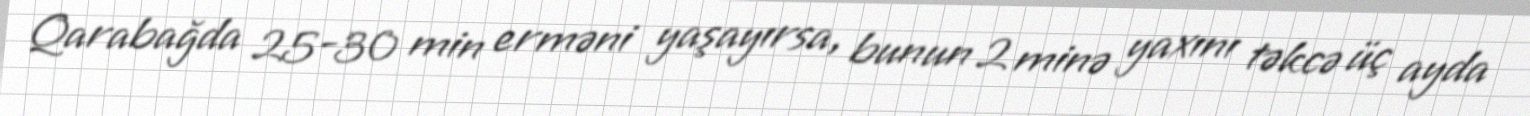
Qarabağda 25-30 min erməni yaşayırsa, bunun 2 minə yaxını təkcə üç ayda